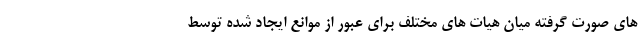
های صورت گرفته میان هیات های مختلف برای عبور از موانع ایجاد شده توسط